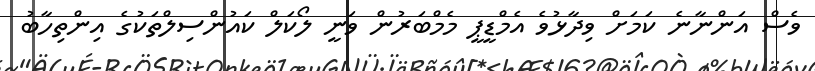
ވެސް އަންނާނެ ކަމަށް ވިދާޅުވެ އެމްޑީޕީ މެމްބަރުން ވަނީ ލޯކަލް ކައުުންސިލްތަކުގެ އިންތިހާބު